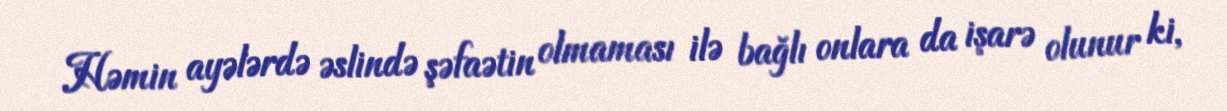
Həmin ayələrdə əslində şəfaətin olmaması ilə bağlı onlara da işarə olunur ki,